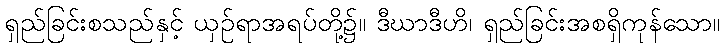
ရှည်ခြင်းစသည်နှင့် ယှဉ်ရာအရပ်တို့၌။ ဒီဃာဒီဟိ၊ ရှည်ခြင်းအစရှိကုန်သော။